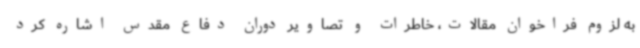
به لزوم فراخوان مقالات، خاطرات و تصاویر دوران دفاع مقدس اشاره کرد